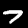
Label: 7